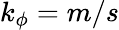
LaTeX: k_{\phi}=m/s